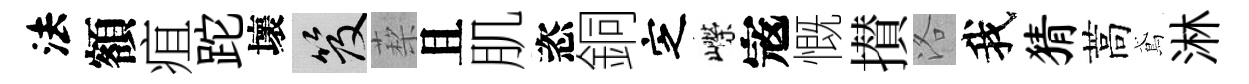
法額疽跎壞笈蔾且肌恣銅㝎嶸𡨥慨攅洛我猜蒿鳶淋